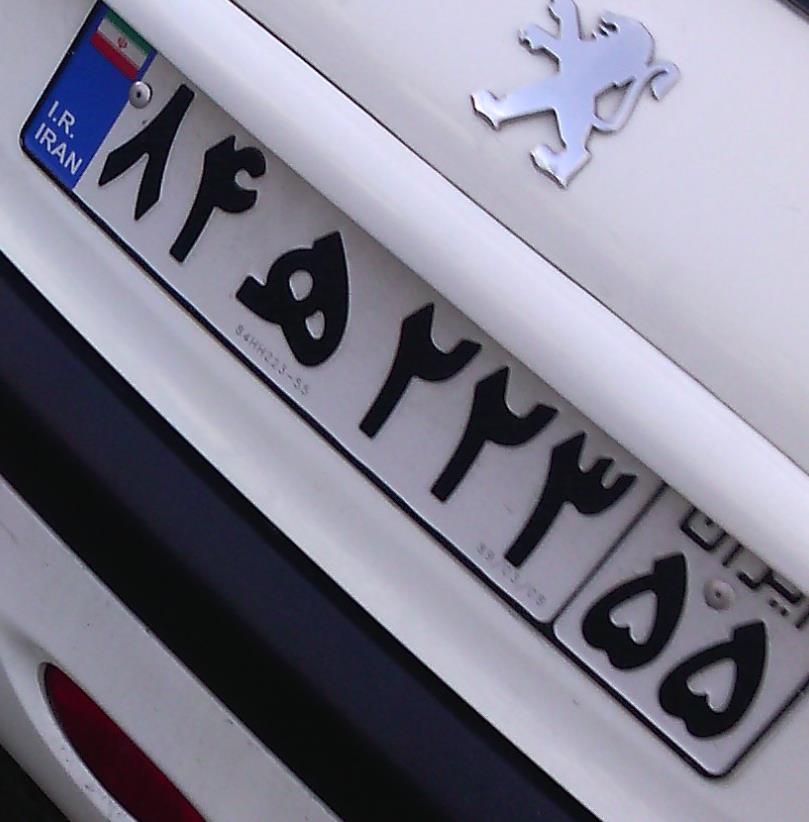
۸۴ه۲۲۳۵۵